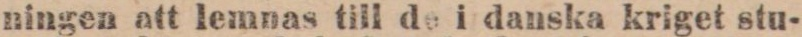
ningen att lemnas till de i danska kriget stu-